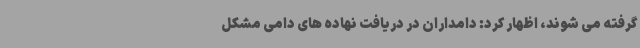
گرفته می شوند، اظهار کرد: دامداران در دریافت نهاده های دامی مشکل